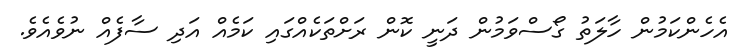
އެހެންކަމުން ހާލަތު ގޯސްވަމުން ދަނީ ކޮން ރަށްތަކެއްގައި ކަމެއް އަދި ސާފެއް ނުވެއެވެ.